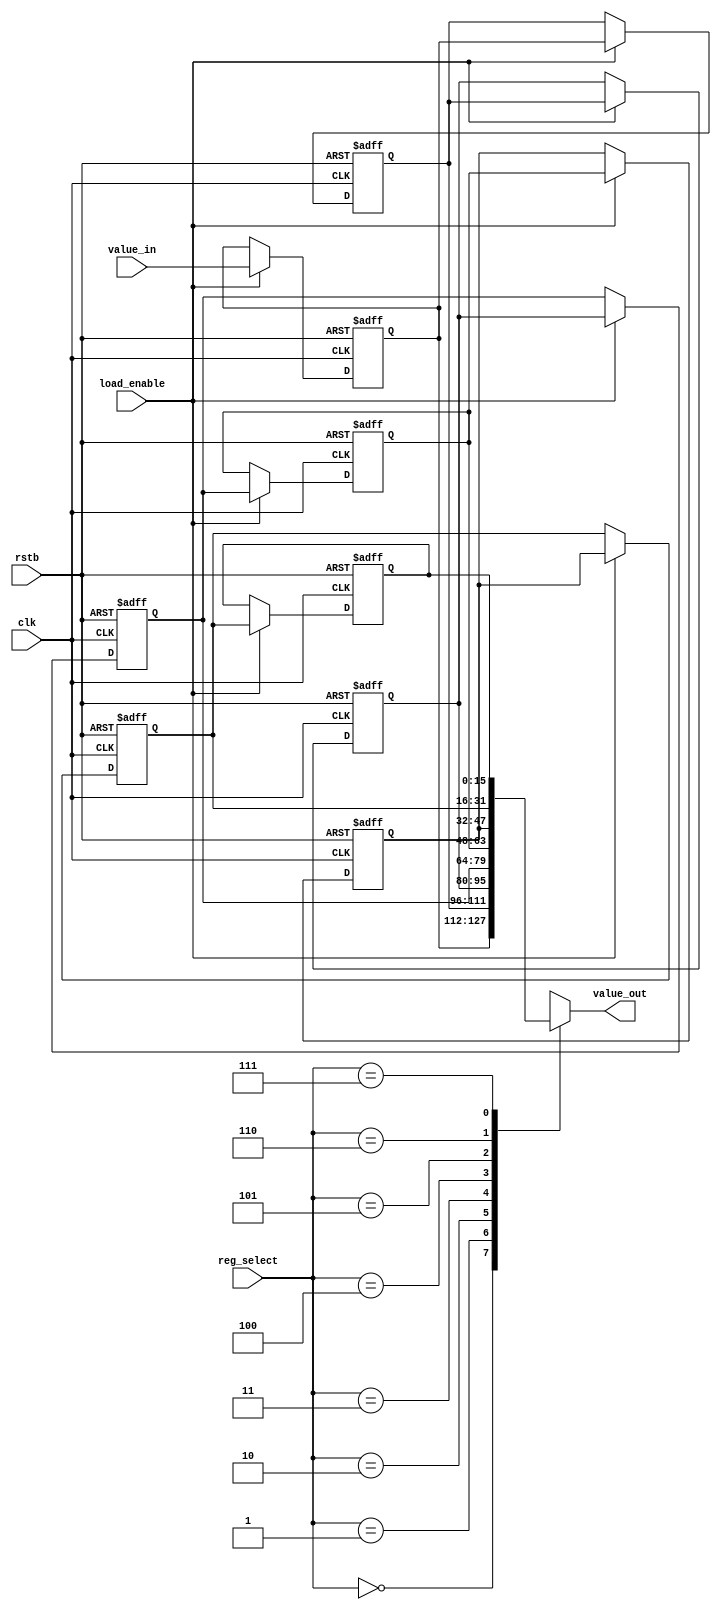
`timescale 1ns/10ps

module fifo
    #(
        parameter ADDR_WIDTH  = 3,              // Width of address
        parameter DATA_WIDTH  = 16,             // Width of each memory element
        parameter DEPTH       = 2**ADDR_WIDTH   // Number of memory elements
    )
    (
        input                           clk,
        input                           rstb,
        input                           load_enable,// Set high to push next value
        input  signed [DATA_WIDTH-1:0]  value_in,   // The value to push
        input         [ADDR_WIDTH-1:0]  reg_select, // Select arbitrary register to read
        output signed [DATA_WIDTH-1:0]  value_out   // Value to read with reg_select
    );

    reg [DATA_WIDTH-1:0] memory [0:DEPTH-1];

    integer i;

    assign value_out = memory[reg_select];

    always @(posedge clk or negedge rstb) begin
        if (!rstb) begin
            for (i = 0; i < DEPTH; i = i + 1) begin
                memory[i] <= 'b0;
            end
        end else begin
            if (load_enable) begin
                // Shift contents of memory. Last memory is overwritten.
                for (i = DEPTH; i > 0; i = i - 1) begin
                    memory[i] <= memory[i-1];
                end
                memory[0] <= value_in;
            end
        end
    end
endmodule